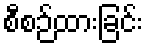
စီစဉ်ထားခြင်း